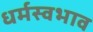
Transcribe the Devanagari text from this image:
धर्मस्वभाव